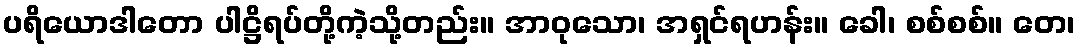
ပရိယောဒါတော ပါဋ္ဌိရပ်တို့ကဲ့သို့တည်း။ အာဝုသော၊ အရှင်ရဟန်း။ ခေါ၊ စစ်စစ်။ တေ၊